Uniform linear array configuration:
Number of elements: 8
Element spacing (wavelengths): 1
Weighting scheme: hann
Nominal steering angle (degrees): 15
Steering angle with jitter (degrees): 16.923
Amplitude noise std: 0.05
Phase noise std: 0.05

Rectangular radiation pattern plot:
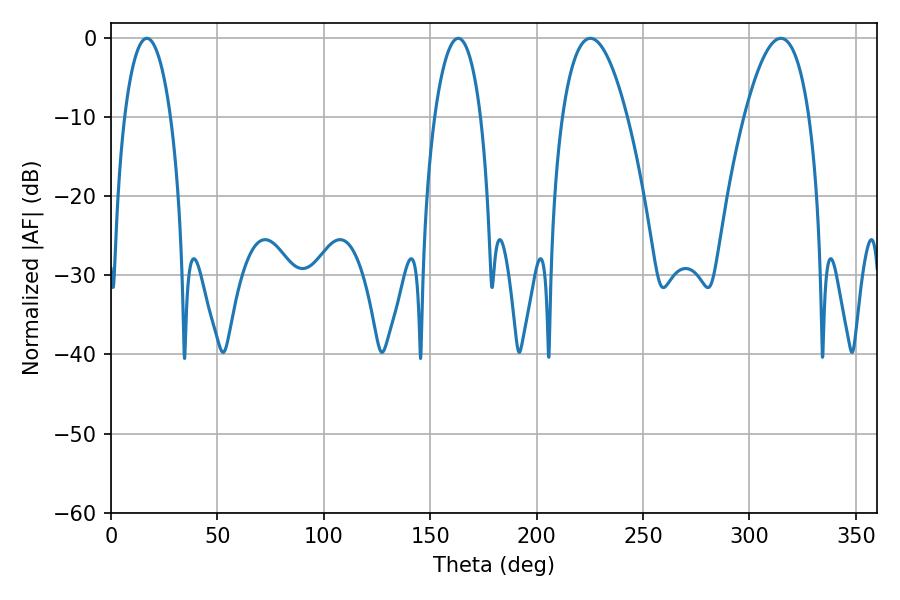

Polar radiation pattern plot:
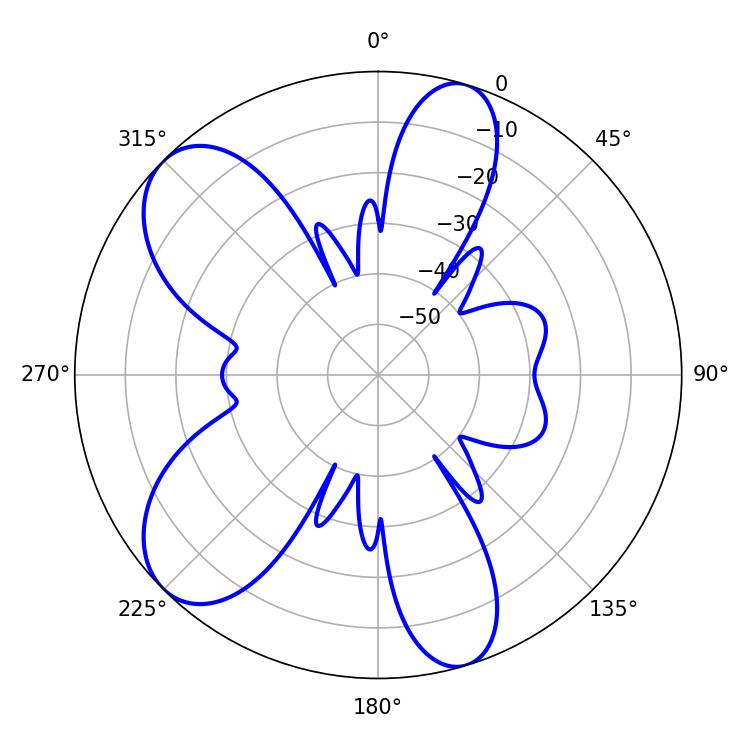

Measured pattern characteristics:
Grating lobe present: TRUE
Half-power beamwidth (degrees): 16.92
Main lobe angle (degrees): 225.18